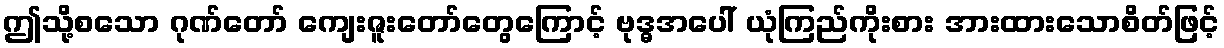
ဤသို့စသော ဂုဏ်တော် ကျေးဇူးတော်တွေကြောင့် ဗုဒ္ဓအပေါ် ယုံကြည်ကိုးစား အားထားသောစိတ်ဖြင့်